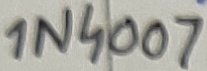
Text: 1N4007